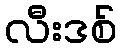
လီးဒစ်